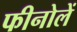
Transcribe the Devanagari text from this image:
फीनोलें